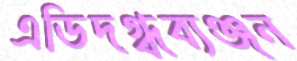
এডিদগ্ধব্যঞ্জন